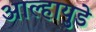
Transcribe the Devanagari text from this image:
आल्हायुडे